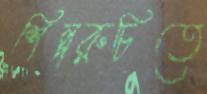
শিল্পরুচিতে